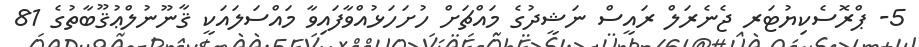
5- ޕްރޮސެކިޔުޓަރ ޖެނެރަލް ރައީސް ނަޝީދުގެ މައްޗަށް ހުށަހަޅުއްވާފައިވާ މައްސަލައަކީ ޤާނޫނުލްޢުޤޫބާތުގެ 81